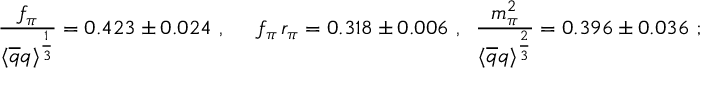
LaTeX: \begin{array} { c c c } { { \displaystyle \frac { f _ { \pi } } { \langle \overline { { { q } } } q \rangle ^ { \frac { 1 } { 3 } } } = 0 . 4 2 3 \pm 0 . 0 2 4 ~ , } } & { { \; \; f _ { \pi } \, r _ { \pi } = 0 . 3 1 8 \pm 0 . 0 0 6 ~ , \; \; \displaystyle \frac { m _ { \pi } ^ { 2 } } { \langle \overline { { { q } } } q \rangle ^ { \frac { 2 } { 3 } } } = 0 . 3 9 6 \pm 0 . 0 3 6 ~ ; } } \end{array}